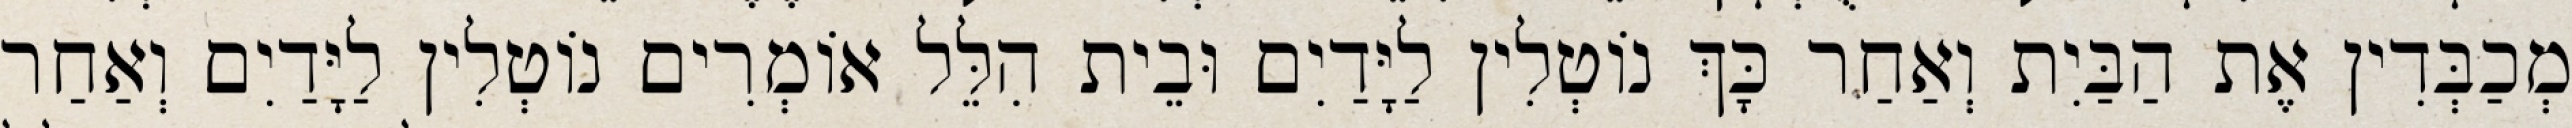
מְכַבְּדִין אֶת הַבַּיִת וְאַחַר כָּךְ נוֹטְלִין לַיָּדַיִם וּבֵית הִלֵּל אוֹמְרִים נוֹטְלִין לַיָּדַיִם וְאַחַר